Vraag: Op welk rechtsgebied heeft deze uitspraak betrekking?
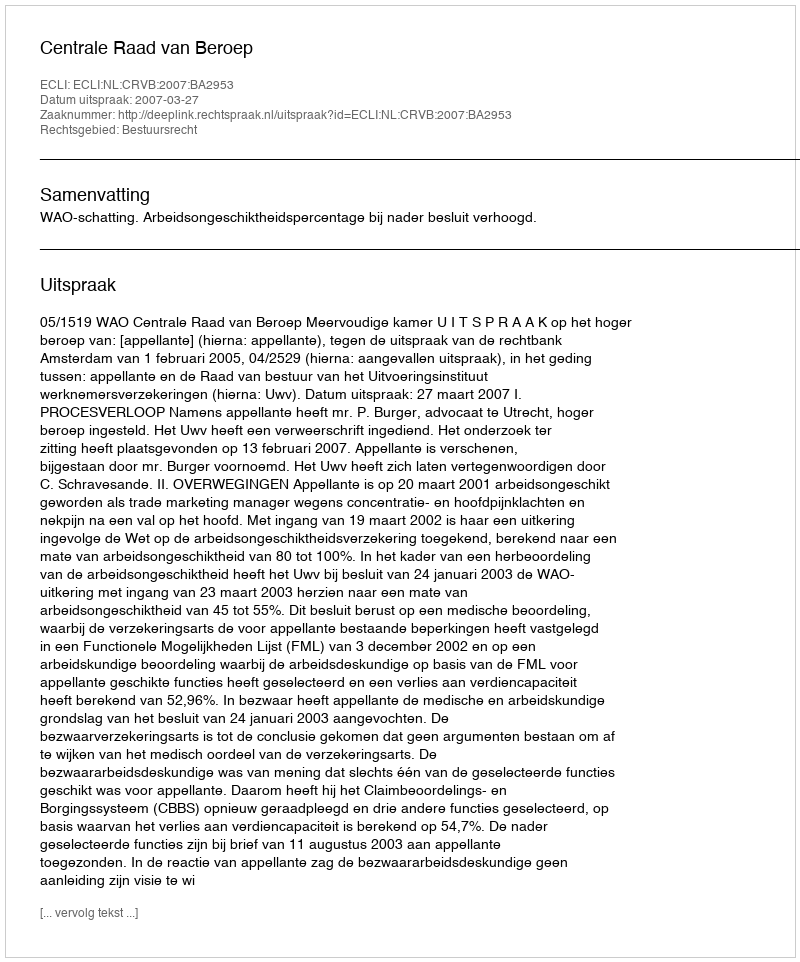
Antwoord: Bestuursrecht